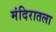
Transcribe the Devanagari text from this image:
मंदिरातला